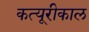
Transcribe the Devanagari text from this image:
कत्यूरीकाल